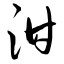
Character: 泔